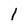
Character: l